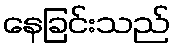
နေခြင်းသည်